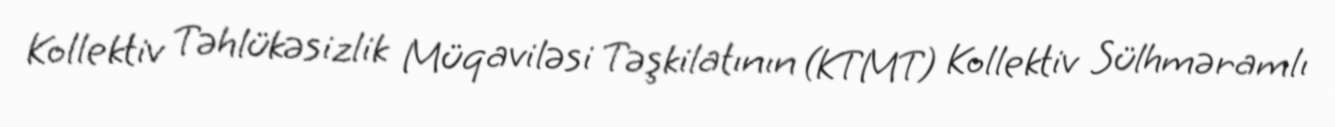
Kollektiv Təhlükəsizlik Müqaviləsi Təşkilatının (KTMT) Kollektiv Sülhməramlı